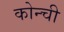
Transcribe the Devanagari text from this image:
कोन्ची